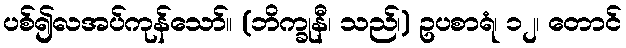
ပစ်၍လအပ်ကုန်သော်။ (ဘိက္ခုနီ၊ သည်၊) ဥပစာရံ၊ ၁၂၊ တောင်